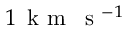
1 \, \mathrm { ~ k ~ m ~ } \, \mathrm { ~ s ~ } ^ { - 1 }